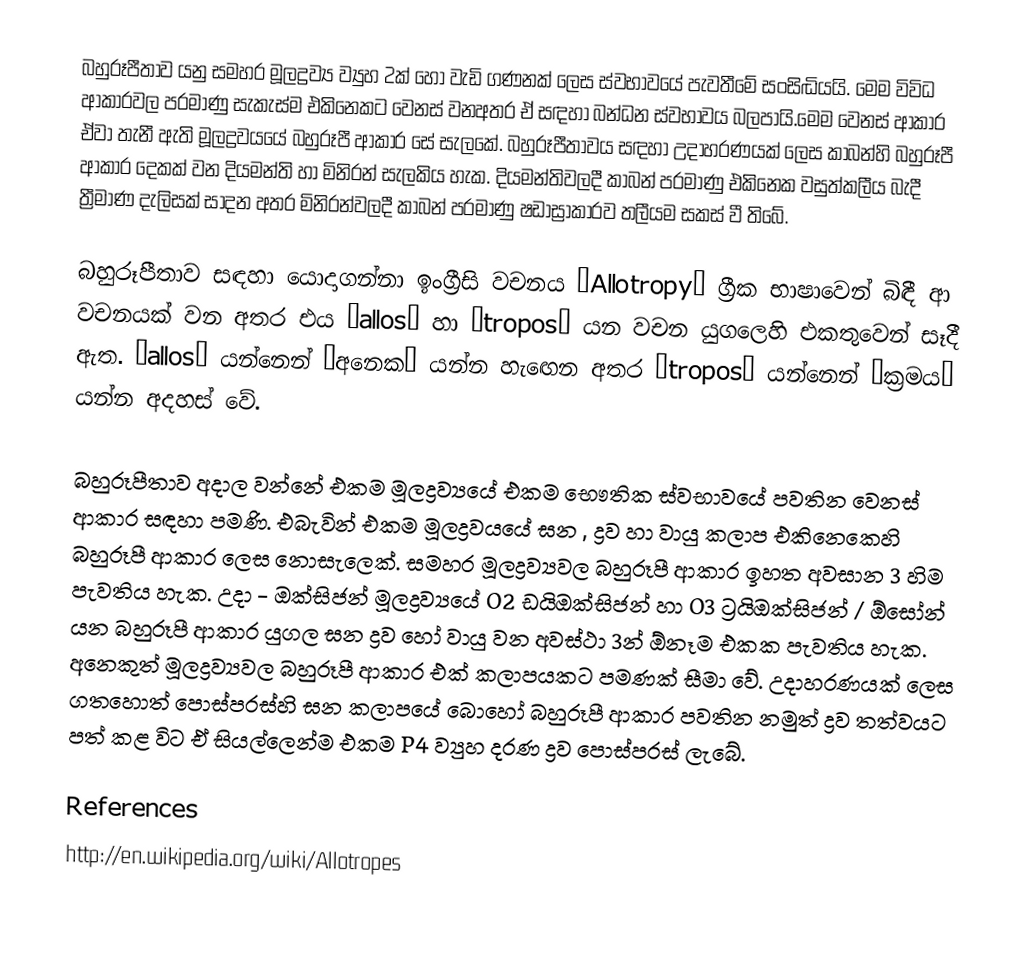
බහුරූපීතාව යනු සමහර මූලද්‍රව්‍ය ව්‍යුහ 2ක් හෝ වැඩි ගණනක් ලෙස ස්වභාවයේ පැවතීමේ සංසිද්‍ධියයි. මෙම විවිධ ආකාරවල පරමාණු සැකැස්ම එකිනෙකට වෙනස් වනඅතර ඒ සඳහා බන්ධන ස්වභාවය බලපායි.මෙම වෙනස් ආකාර ඒවා තැනී ඇති මූලද්‍රව‍්‍යයේ බහුරූපී ආකාර සේ සැලකේ. බහුරූපීතාවය සඳහා උදාහරණයක් ලෙස කාබන්හි බහුරූපී ආකාර දෙකක් වන දියමන්ති හා මිනිරන් සැලකිය හැක. දියමන්තිවලදී කාබන් පරමාණු එකිනෙක වසුත්කලීය බැදී ත්‍රීමාණ දැලිසක් සාදන අතර මිනිරන්වලදී කාබන් පරමාණු ෂඩාස්‍රාකාරව තලීයම සකස් වී තිබේ.

බහුරූපීතාව සඳහා යොදාගන්නා ඉංග්‍රීසි වචනය “Allotropy” ග්‍රීක භාෂාවෙන් බිඳී ආ වචනයක් වන අතර එය “allos” හා “tropos” යන වචන යුගලෙහි එකතුවෙන් සෑදී ඇත. “allos” යන්නෙන් “අනෙක” යන්න හැ‍ඟෙන අතර “tropos” යන්නෙන් “ක්‍රමය” යන්න අදහස් වේ.

බහුරූපීතාව අදාල වන්නේ එකම මූලද්‍රව්‍යයේ එකම භෞතික ස්වභාවයේ පවතින වෙනස් ආකාර සඳහා පමණි. එබැවින් එකම මූලද්‍රව‍්‍යයේ ඝන , ද්‍රව හා වායු කලාප එකිනෙකෙහි බහුරූපී ආකාර ලෙස නොසැල‍ෙක්. සමහර මූලද්‍රව්‍යවල බහුරූපී ආකාර ඉහත අවසාන 3 හිම පැවතිය හැක. උදා - ඔක්සිජන් මූලද්‍රව්‍යයේ O2 ඩයිඔක්සිජන් හා O3  ට්‍රයිඔක්සිජන් / ඕසෝන් යන බහුරූපී ආකාර යුගල ඝන ද්‍රව හෝ වායු වන අවස්ථා 3න් ඕනෑම එකක පැවතිය හැක. අනෙකුත් මූලද්‍රව්‍යවල බහුරූපී ආකාර එක් කලාපයකට පමණක් සීමා වේ. උදාහරණයක් ලෙස ගතහොත් පොස්පරස්හි ඝන කලාපයේ බොහෝ බහුරූපී ආකාර පවතින නමුත් ද්‍රව තත්වයට පත් කළ විට ඒ සියල්ලෙන්ම එකම P4  ව්‍යුහ දරණ ද්‍රව පොස්පරස් ලැබේ.

References
http://en.wikipedia.org/wiki/Allotropes